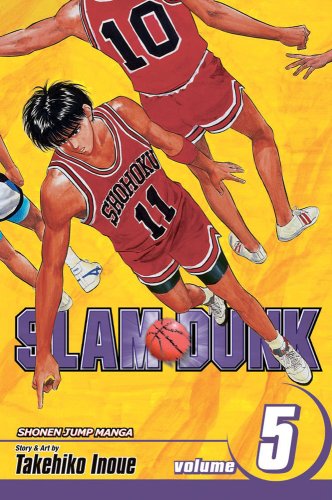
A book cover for Slam Dunk, Vol. 5; Takehiko Inoue; Comics & Graphic Novels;